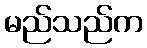
မည်သည်က